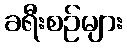
ခရီးစဉ်များ